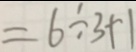
= 6 \div 3 + 1